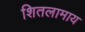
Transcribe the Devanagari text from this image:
शितलामाय